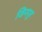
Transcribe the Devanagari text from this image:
जिनपूर